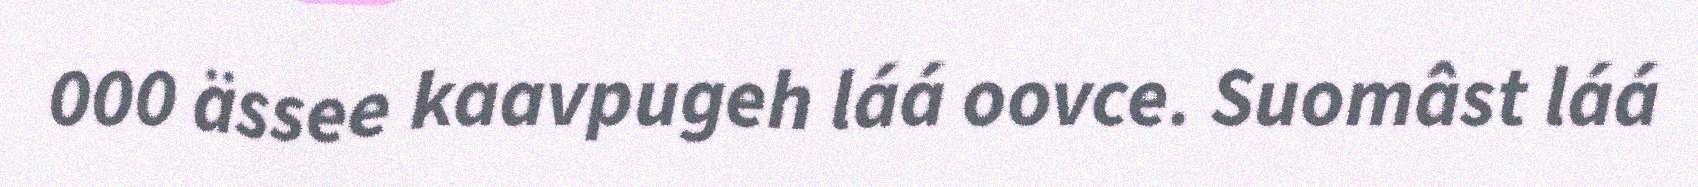
000 ässee kaavpugeh láá oovce. Suomâst láá